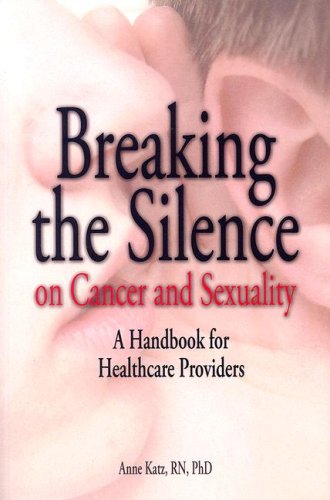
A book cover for Breaking the Silence on Cancer and Sexuality: A Handbook for Healthcare Providers; Anne Katz; Medical Books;